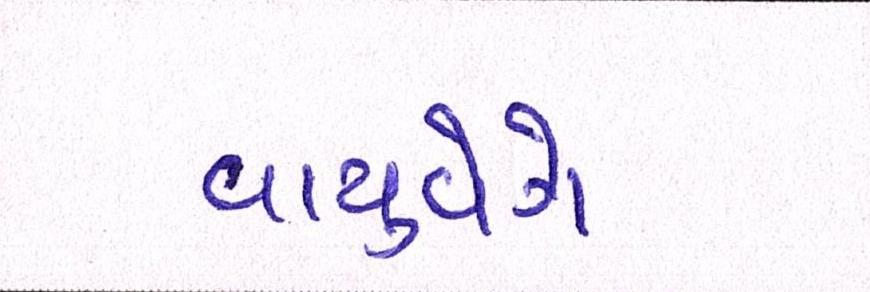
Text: વાયુવેગે